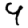
Digit: 9